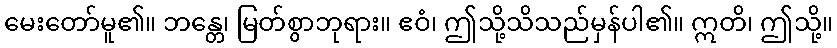
မေးတော်မူ၏။ ဘန္တေ၊ မြတ်စွာဘုရား။ ဧဝံ၊ ဤသို့သိသည်မှန်ပါ၏။ ဣတိ၊ ဤသို့။